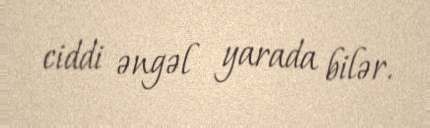
ciddi əngəl yarada bilər.